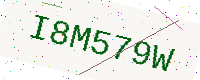
Text: I8M579W